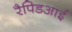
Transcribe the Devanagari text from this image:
रैपिडआई